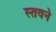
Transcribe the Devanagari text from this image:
स्तवने